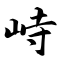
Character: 峙